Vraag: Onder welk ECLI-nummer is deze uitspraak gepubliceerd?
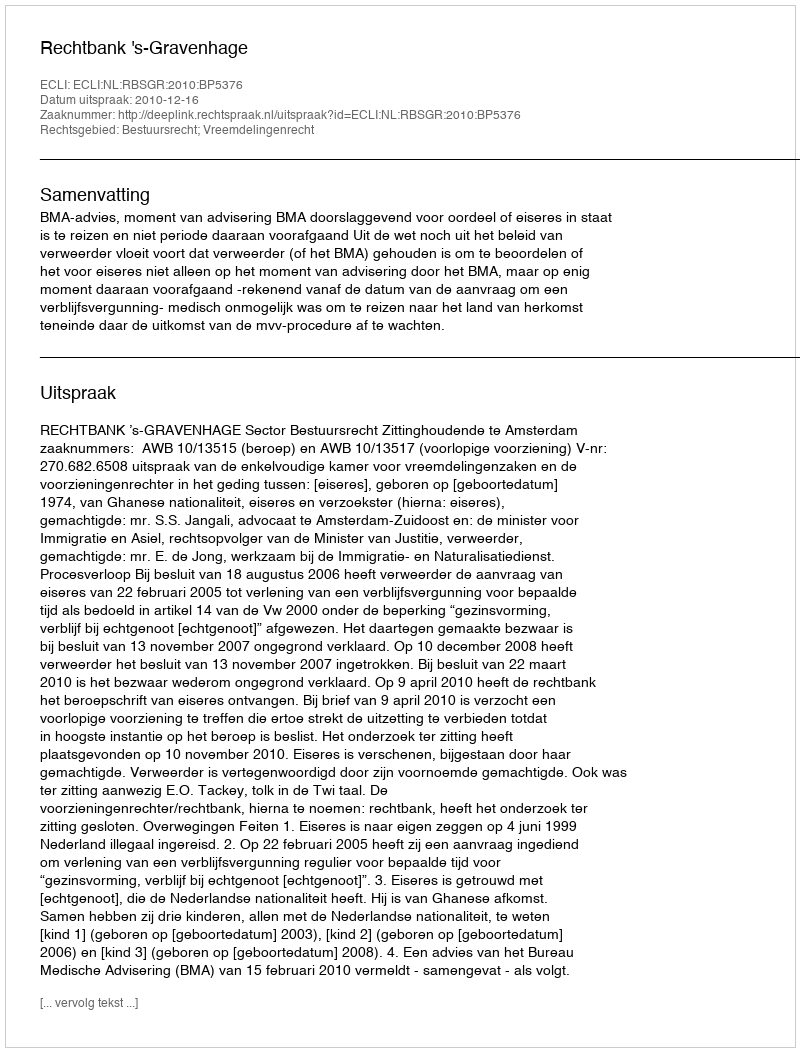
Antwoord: ECLI:NL:RBSGR:2010:BP5376